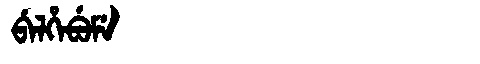
Manchu: ᠪᡝᠯᡥᡝᠪᡠᠮᡝ
Romanization: BELHEBUME